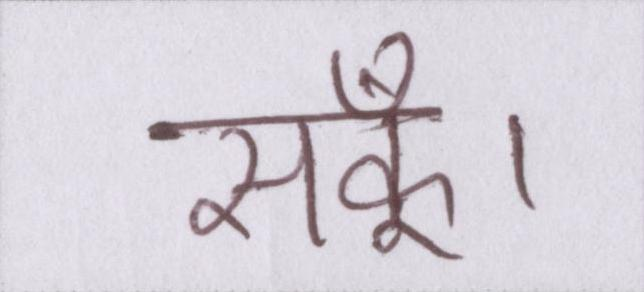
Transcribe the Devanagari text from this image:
सकूँ।